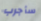
سأجرب